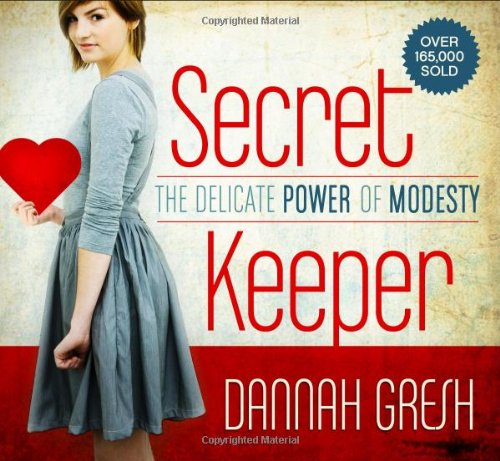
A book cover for Secret Keeper: The Delicate Power of Modesty; Dannah K. Gresh; Christian Books & Bibles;